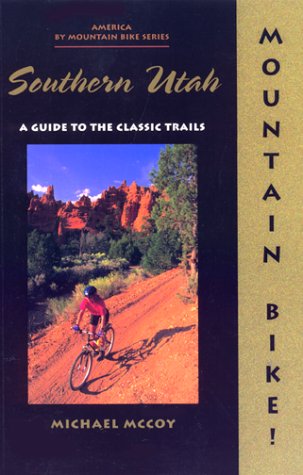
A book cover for Mountain Bike! Southern Utah: A Guide to the Classic Trails; Michael McCoy; Travel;